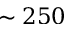
\sim 2 5 0